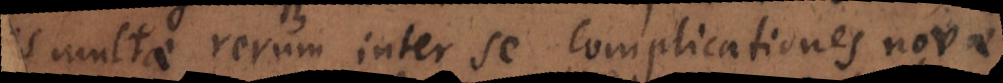
s multae rerum inter se complicationes novae